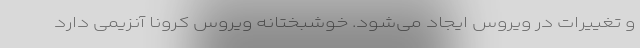
و تغییرات در ویروس ایجاد می‌شود. خوشبختانه ویروس کرونا آنزیمی دارد